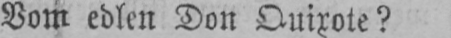
Vom edlen Don Quixote?